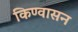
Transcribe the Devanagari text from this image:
किण्वासन